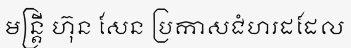
មន្ត្រី ហ៊ុន សែន ប្រកាសជំហរដដែល